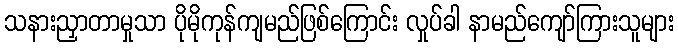
သနားညှာတာမှုသာ ပိုမိုကုန်ကျမည်ဖြစ်ကြောင်း လှုပ်ခါ နာမည်ကျော်ကြားသူများ